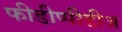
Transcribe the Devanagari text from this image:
फीडीप्पीडीज